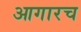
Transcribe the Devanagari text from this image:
आगारच